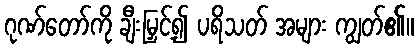
ဂုဏ်တော်ကို ချီးမြှင့်၍ ပရိသတ် အများ ကျွတ်၏။